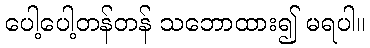
ပေါ့ပေါ့တန်တန် သဘောထား၍ မရပါ။